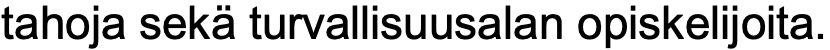
tahoja sekä turvallisuusalan opiskelijoita.